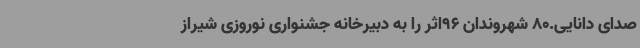
صدای دانایی.80 شهروندان 96اثر را به دبیرخانه جشنواری نوروزی شیراز